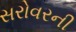
સરોવરની